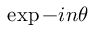
\exp { - i n \theta }